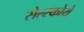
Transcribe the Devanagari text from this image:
सेल्स्कोये